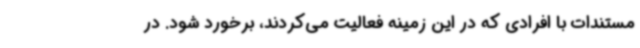
مستندات با افرادی که در این زمینه فعالیت می‌کردند، برخورد شود. در